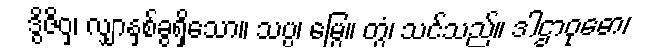
ဒွိဇိဝှ၊ လျှာနှစ်ခွရှိသော။ သပ္ပ၊ မြွေ။ တွံ၊ သင်သည်။ ဒါဌာဝုဓော၊